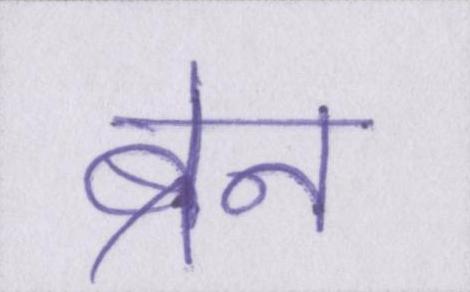
ब्रेन